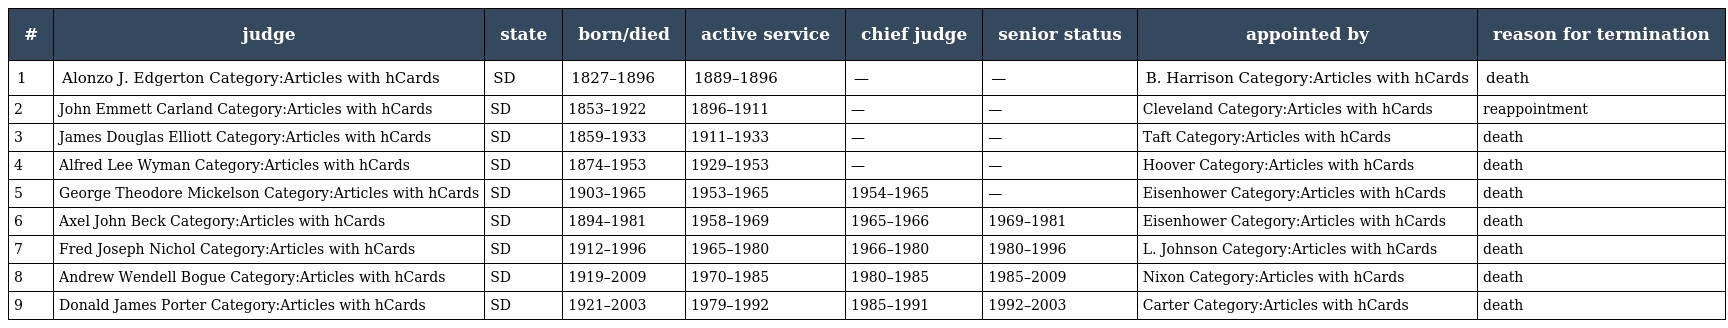
| # | judge | state | born/died | active service | chief judge | senior status | appointed by | reason for termination |
 | --- | --- | --- | --- | --- | --- | --- | --- | --- |
 | 1 | Alonzo J. Edgerton Category:Articles with hCards | SD | 1827–1896 | 1889–1896 | — | — | B. Harrison Category:Articles with hCards | death |
 | 2 | John Emmett Carland Category:Articles with hCards | SD | 1853–1922 | 1896–1911 | — | — | Cleveland Category:Articles with hCards | reappointment |
 | 3 | James Douglas Elliott Category:Articles with hCards | SD | 1859–1933 | 1911–1933 | — | — | Taft Category:Articles with hCards | death |
 | 4 | Alfred Lee Wyman Category:Articles with hCards | SD | 1874–1953 | 1929–1953 | — | — | Hoover Category:Articles with hCards | death |
 | 5 | George Theodore Mickelson Category:Articles with hCards | SD | 1903–1965 | 1953–1965 | 1954–1965 | — | Eisenhower Category:Articles with hCards | death |
 | 6 | Axel John Beck Category:Articles with hCards | SD | 1894–1981 | 1958–1969 | 1965–1966 | 1969–1981 | Eisenhower Category:Articles with hCards | death |
 | 7 | Fred Joseph Nichol Category:Articles with hCards | SD | 1912–1996 | 1965–1980 | 1966–1980 | 1980–1996 | L. Johnson Category:Articles with hCards | death |
 | 8 | Andrew Wendell Bogue Category:Articles with hCards | SD | 1919–2009 | 1970–1985 | 1980–1985 | 1985–2009 | Nixon Category:Articles with hCards | death |
 | 9 | Donald James Porter Category:Articles with hCards | SD | 1921–2003 | 1979–1992 | 1985–1991 | 1992–2003 | Carter Category:Articles with hCards | death |